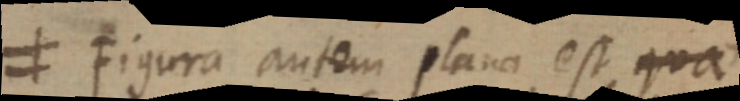
≠ Figura autem plana est qua